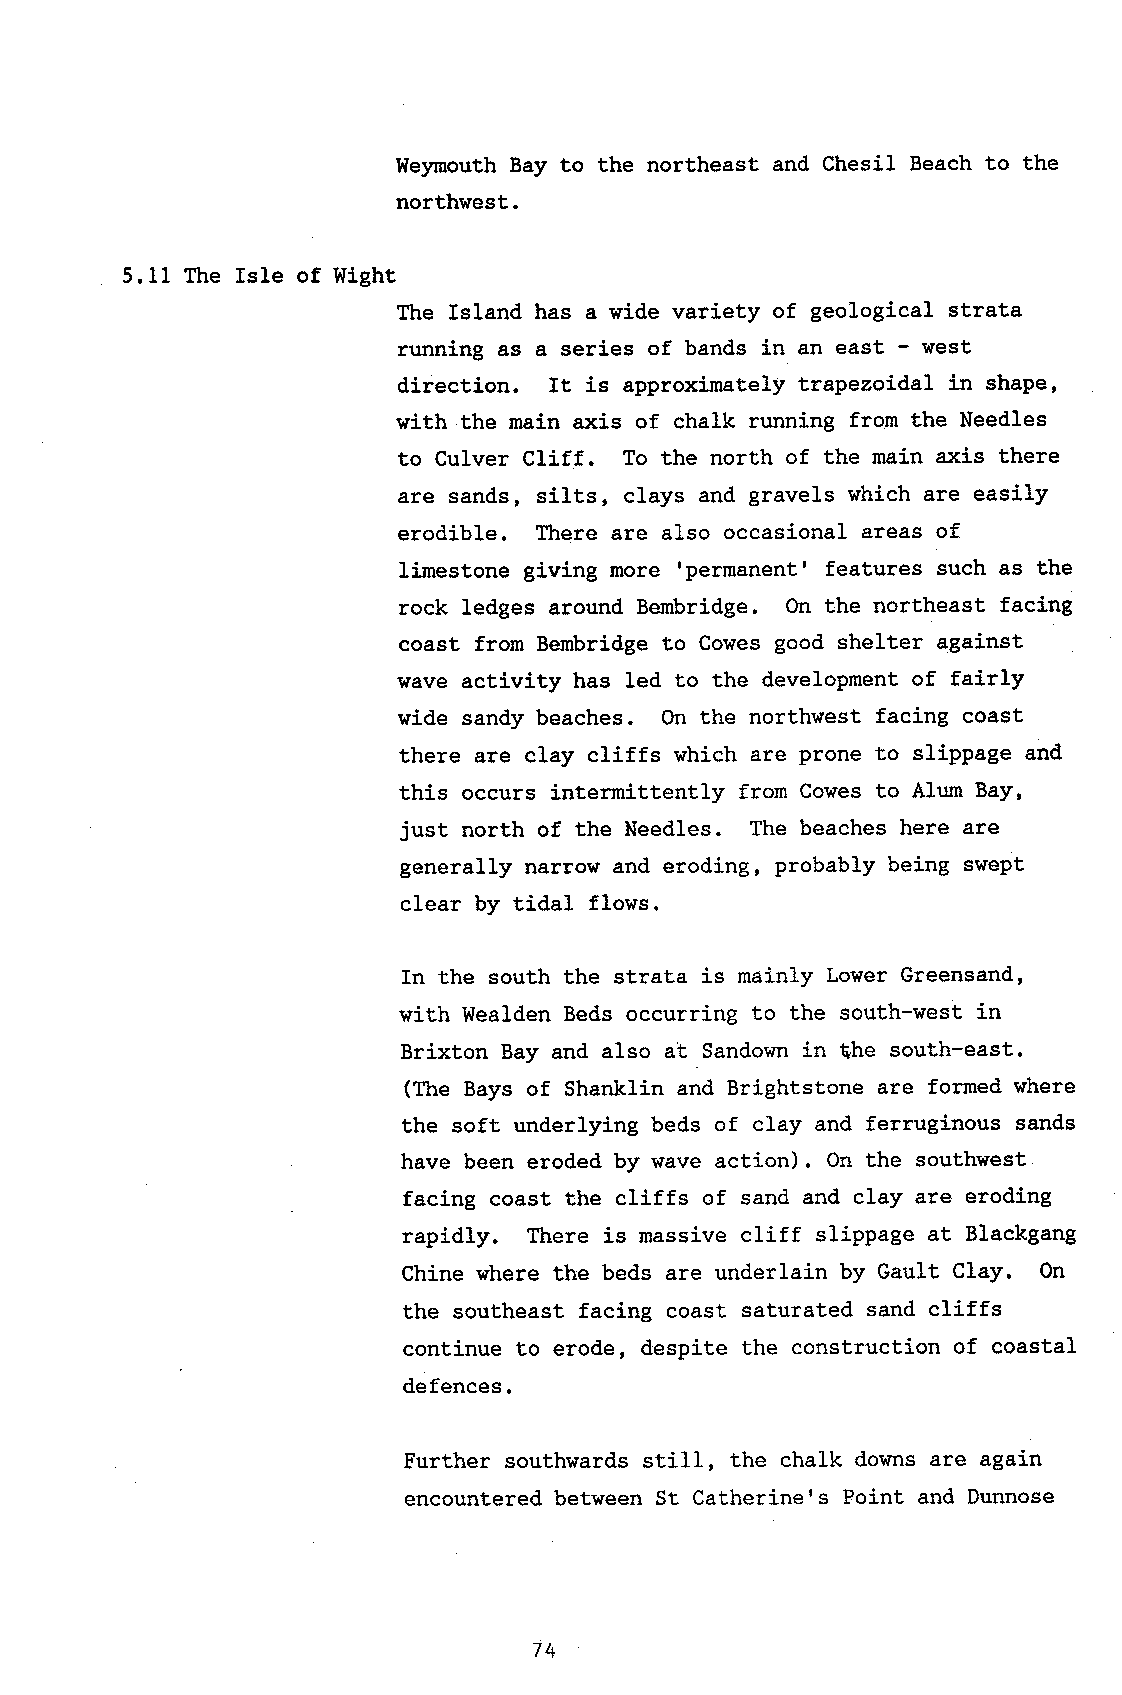
Weymouth Bay to the northeast and Chesil Beach to the
 northwest.
 5.11 The Isle of Wight
 The Island has a wide variety of geological strata
 running as a series of bands in an east - west
 direetion. It is approximately trapezoidal in shape,
 with the main axis of chalk running from the Needles
 to Culver Cliff. To the north of the main axis there
 are sands, silts, clays and gravels which are easily
 erodible. There are also occasional areas of
 limestone giving more rpermanent' features such as the
 rock ledges around Bembridge. On the northeast facing
 coast from Bembridge to Cowes good shelter against
 wave activity has led to the development of fairly
 wide sandy beaches. On the northwest facing coast
 there are clay cliffs which are prone to slippage and
 this occurs intermittently from Cowes to Alum Bay,
 just north of the Needles. The beaches here are
 generally narrow and eroding, probably being srtrept
 clear by tidal flows.
 In the south the strata is mainly Lower Greensand,
 with Wealden Beds occurring to the south-west in
 Brixton Bay and also at Sandown in the south-east.
 (The Bays of Shanklin and Brightstone are formed where
 the soft underlying beds of clay and ferruginous sands
 have been eroded by wave action). On the southwest
 facing coast the eliffs of sand and clay are eroding
 rapidly. There is massive cliff slippage at Blaekgang
 Chine where the beds are underlain by Gault Clay. On
 the southeast facing coast saturated sand cliffs
 continue to erode, despite the construction of coastal
 defences.
 Further southwards still, the chalk downs are again
 encountered between St Catherine's Point and Dunnose
 74